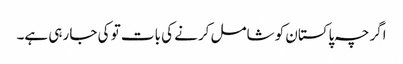
اگرچہ پاکستان کو شامل کرنے کی بات تو کی جا رہی ہے۔